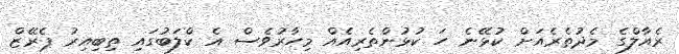
ރެއާލްގެ މެދުތެރެއަށް ކުޅޭނެ ހަ ކުޅުންތެރިއެއް މިހާރުވެސް އެ ކްލަބުގައި ތިބިއިރު ޕެރޭޒް